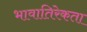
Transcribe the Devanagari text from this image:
भावातिरेकता